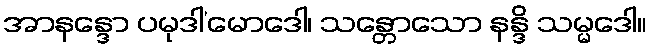
အာနန္ဒော ပမုဒါ’မောဒေါ၊ သန္တောသော နန္ဒိ သမ္မဒေါ။